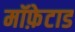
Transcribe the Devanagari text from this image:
मॉफ़ेटाड